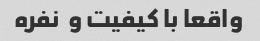
واقعا با کیفیت و  نفره